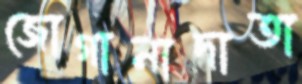
জোগানাদাতা